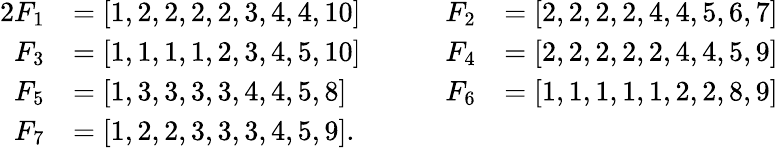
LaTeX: \begin{array}{rlrl}{2F_{1}}&{=[1,2,2,2,2,3,4,4,10]\qquad}&{F_{2}}&{=[2,2,2,2,4,4,5,6,7]}\\ {F_{3}}&{=[1,1,1,1,2,3,4,5,10]\qquad}&{F_{4}}&{=[2,2,2,2,2,4,4,5,9]}\\ {F_{5}}&{=[1,3,3,3,3,4,4,5,8]\qquad}&{F_{6}}&{=[1,1,1,1,1,2,2,8,9]}\\ {F_{7}}&{=[1,2,2,3,3,3,4,5,9].}\end{array}